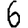
Digit: 6